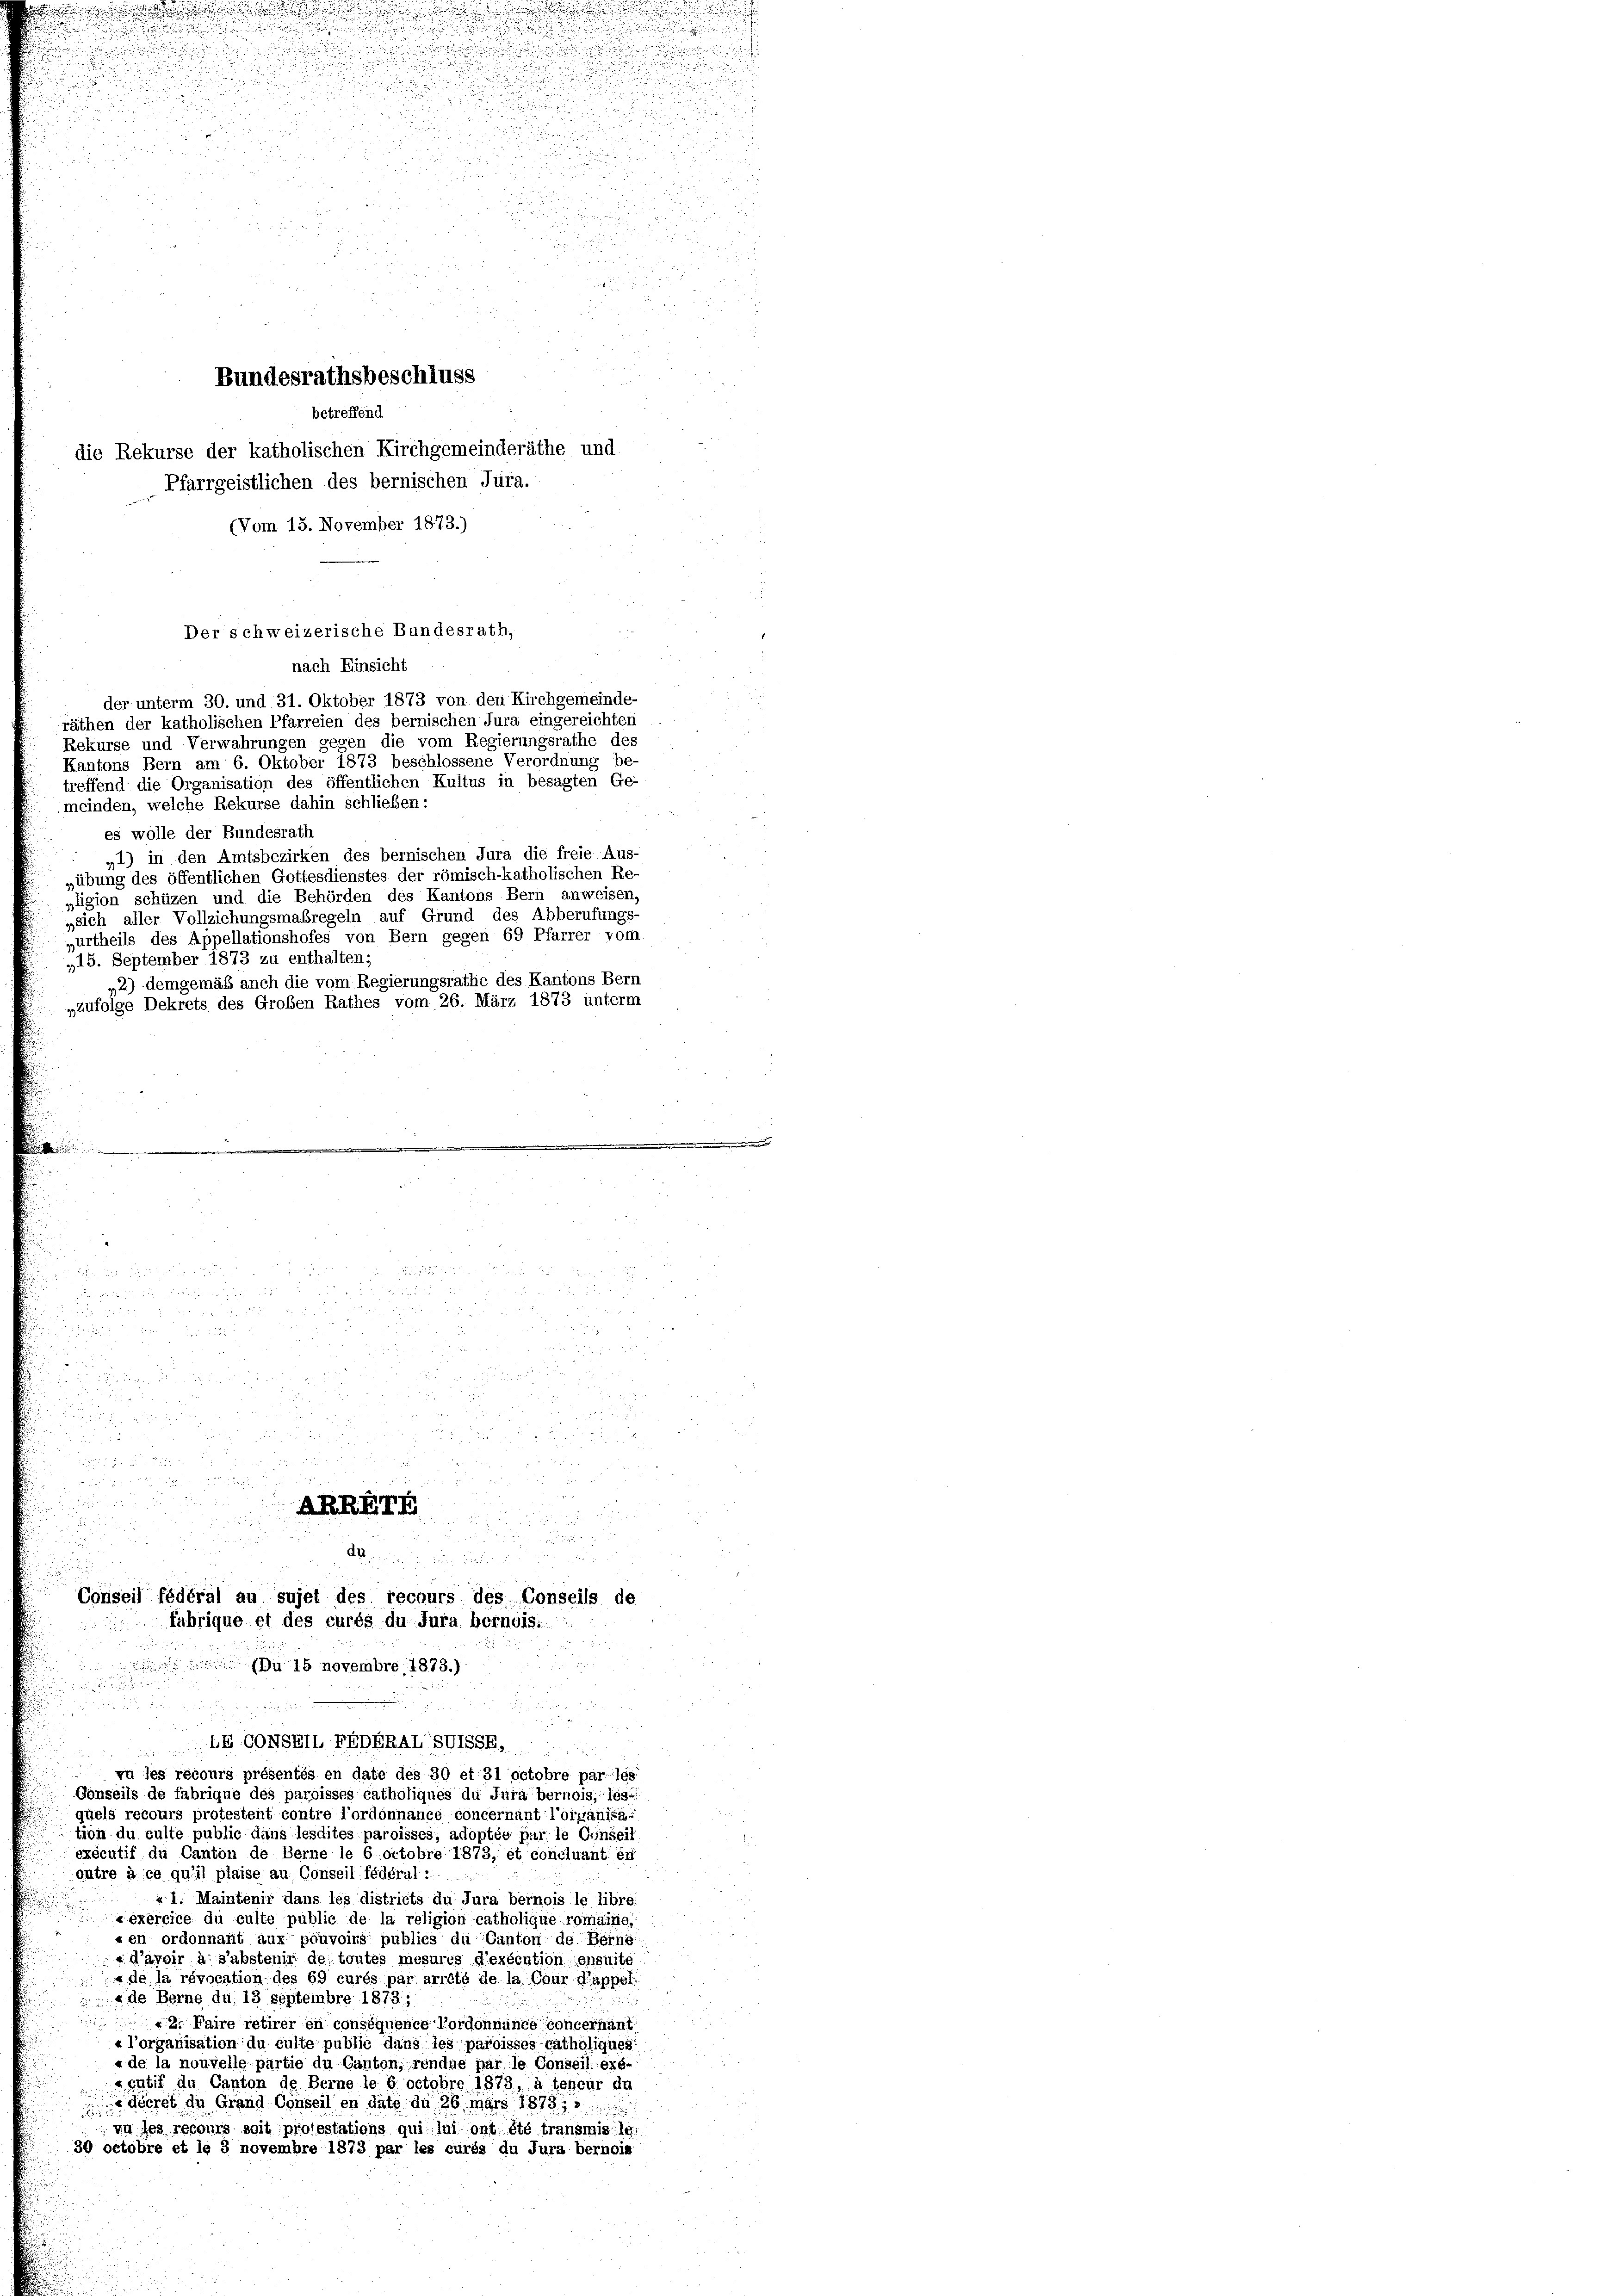
.
.

.

i

x

2

5f 5 x

5 x
 die

5

 30 x
Der schweizerische Bundesrath,
nach Einsicht
der unterm 30. und 31. Oktober 1873 von den Kirchgemeinde-
räthen der katholischen Pfarreien des bernischen Jura eingereichten
Rekurse und Verwahrungen gegen die vom Regierungsrathe des
Kantons Bern am 6. Oktober 1873 beschlossene Verordnung be-
treffend die Organisation des öffentlichen Kultus in besagten Ge-
meinden, welche Rekurse dahin schließen:
es wolle der Bundesrath
„1) in den Amtsbezirken des bernischen Jura die freie Aus-
„übung des öffentlichen Gottesdienstes der römisch-katholischen Re-
„ligion schüzen und die Behörden des Kantons Bern anweisen,
»sich aller Vollziehungsmabregeln auf Grund des Abberufungs-
„urtheils des Appellationshofes von Bern gegen 69 Pfarrer vom
„15. September 1873 zu enthalten;
„2) demgemäß auch die vom Regierungsrathe des Kantons Bern
„zufolge Dekrets des Großen Rathes vom 26. März 1873 unterm

20

.

Bundesrathsbeschluss

betreffend
die Rekurse der katholischen Kirchgemeinderäthe und
Pfarrgeistlichen des bernischen Jura.
(Vom 15. November 1873.)

u 18 novembre 1873.)

h in dieser u. der ehelich in eine Gelegerichten solle der

2

CONSRIL EAPARAL SUISSE

u

d

2 xx

x
xx

 x

.
 2 x
Ahn

Aigen den in der Bedenen die weg
Conseil fédéral au sujet des recours des Conseils de
fabrique et des curés du Jura bernois.

vu les recours présentés en date des 30 et 31 octobre par les
Gonseils de fabrique des paroisses catholiques du Jura bernois, les
quels recours protestent contre l’ordonnance concernant l’oipanisa
tion du eulte public dans lesdites paroisses, adoptée par le Conseil
exécutif du Canton de Berne le 6 octobre 1873, et concluant er
outre à ce qu’il plaise au Conseil fédéral :
« 1. Maintenir dans les districts du Jura bernois le libre

Lexercice du culte public de la religion catholique romaine,
«en ordonnaît aux pouvoins publics du Canton de Berne
d’avoir à sabstenir de toutes mesures d’exécution ensuite
« de la révocation des 69 curés par arrêté de la Cour d’appel
«de Berne du 13 septembre 1873:
2. Faire retirer en conséquence Cordonnance concernant
«l’organisation du culte public dans les paroisses katholiques:
«de la nouvelle partie du Canton, rendue par le Conseil exé-
entif du Canton de Berne le 6 octobre 1873, à teneur de
 decret de Grand Conseil en dato du 26 mars 1878. 18
vn des recours soit protestations qui lui ont été transmis le
30 octobre et le 3 novembre 1873 par les curés du Jura bernois

.